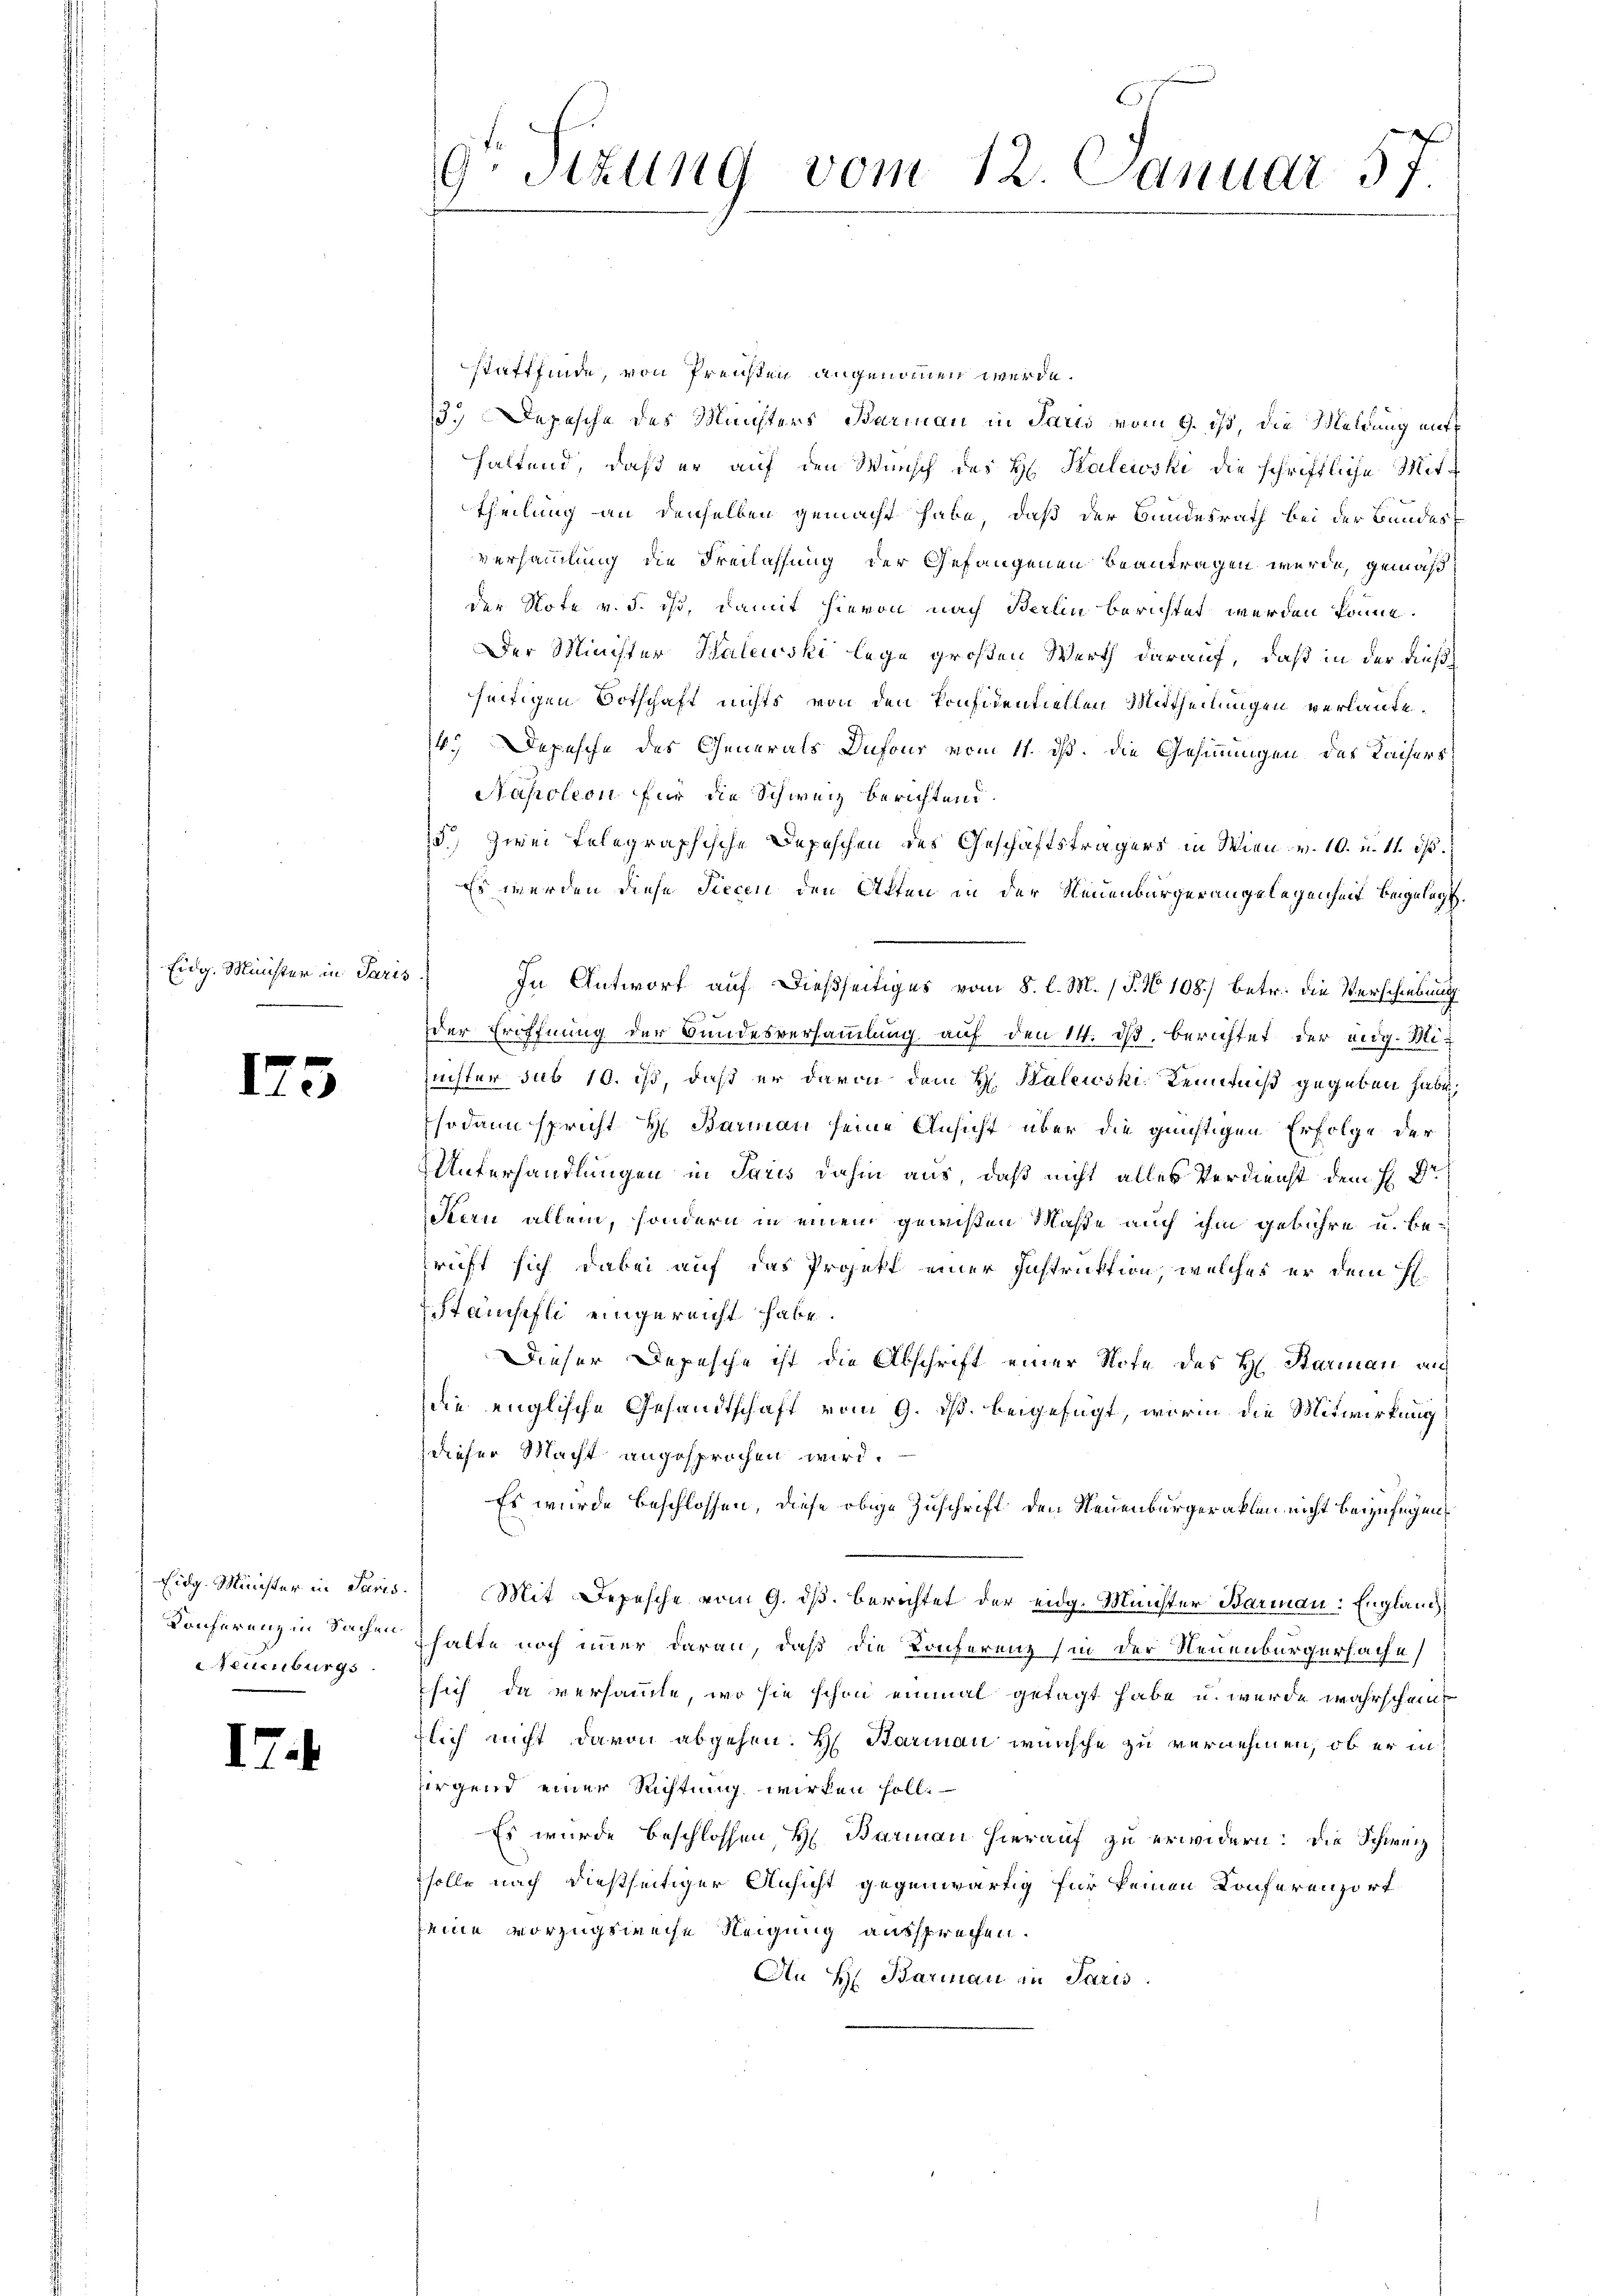
Eidg. Minister in Paris

)

I.

15

Teuenburgs

¬

9. Sizung vom 12. Januar 57

stattfinde, von Preisten angenommen werde.
13.) Depesche des Münsters Barmann in Paris vom 9. ist, die Meldung enthaltend, daß er auf den Wunsch des H. Kalewski die schriftliche Mittheilung an denselben gemacht habe, daß der Bundesrath bei der Bundes
versammlung die Freilassung der Gefangenen beantragen wurde, gemäß,
der Note v. 5. ist, damit hievon nach Berlin berichtet werden könne.
Der Minister Kalewski lege großen Werth darauf, daß in der dießseitigen Botschaft nichts von den Ponfidentiellen Mittheilungen verlaute¬
6.) Depesche des Generals Dufour vom 11. ds. die Gesinnungen des Kaisers
Napoleon für die Schweiz berichtend.
5.) Zwei Telegraphische Depeschen des Geschäftsträgers in Wien v. 10. u. 11. ds.
Es werden diese Piecen den Akten in der Neuenburgerangelegenheit beigelegt.
In Antwort auf dießseitiges vom 8. l. M. P. No 108) betr. die Verschiebung
der Eröffnung der Bundesversammlung auf den 14. ds. berichtet der eidg. Mi¬
Zeister sub 10. ist, daß er davon dem H. Balewski Kenntniß gegeben habe,
sodann spricht H. Barman seine Ansicht über die günstigen Erfolge der
Unterhandlungen in Paris dahin aus, daß nicht alles Verdienst dem H. Dr
Feern allein, sondern in einem gewißen Maße auch ihm gebühre u. bepricht sich dabei auf das Projekt einer Instruktion, welches er dem H.
Stäuchefli eingereicht habe.
Dieser Depesche ist die Abschrift einer Sofe des H. Starinau au
die englische Gesandtschaft vom 9. ds. beigefügt, worin die Mitwirkung
dieser Macht angesprochen wird.
Es wurde beschlossen, diese obige Zuschrift den Neuenburgerakten nicht beizufügen.
Eidg. Minister in Paris. Mit Depesche vom 9. ds. berichtet der eidg. Minister Barmann: Englanch
Konferenz in Sachen halte noch immer daran, daß die Konferenz in der Neuenburgerfache
sich da versammte, wo sie schon einmal getagt habe u. wurde wahrscheint
zlich nicht davon abgehen. H. Barinau wünsche zu vernehmen, ob er in
iirgend einer Richtung wirken soll.
Es wurde beschlossen, H. Barman hierauf zu erwidern: Der Schweiz
solle nach dießseitiger Ansicht gegenwärtig für keinen Konferenzort
seine vorzugsweise Neigung aussprechen.
An H: Barman in Paris.